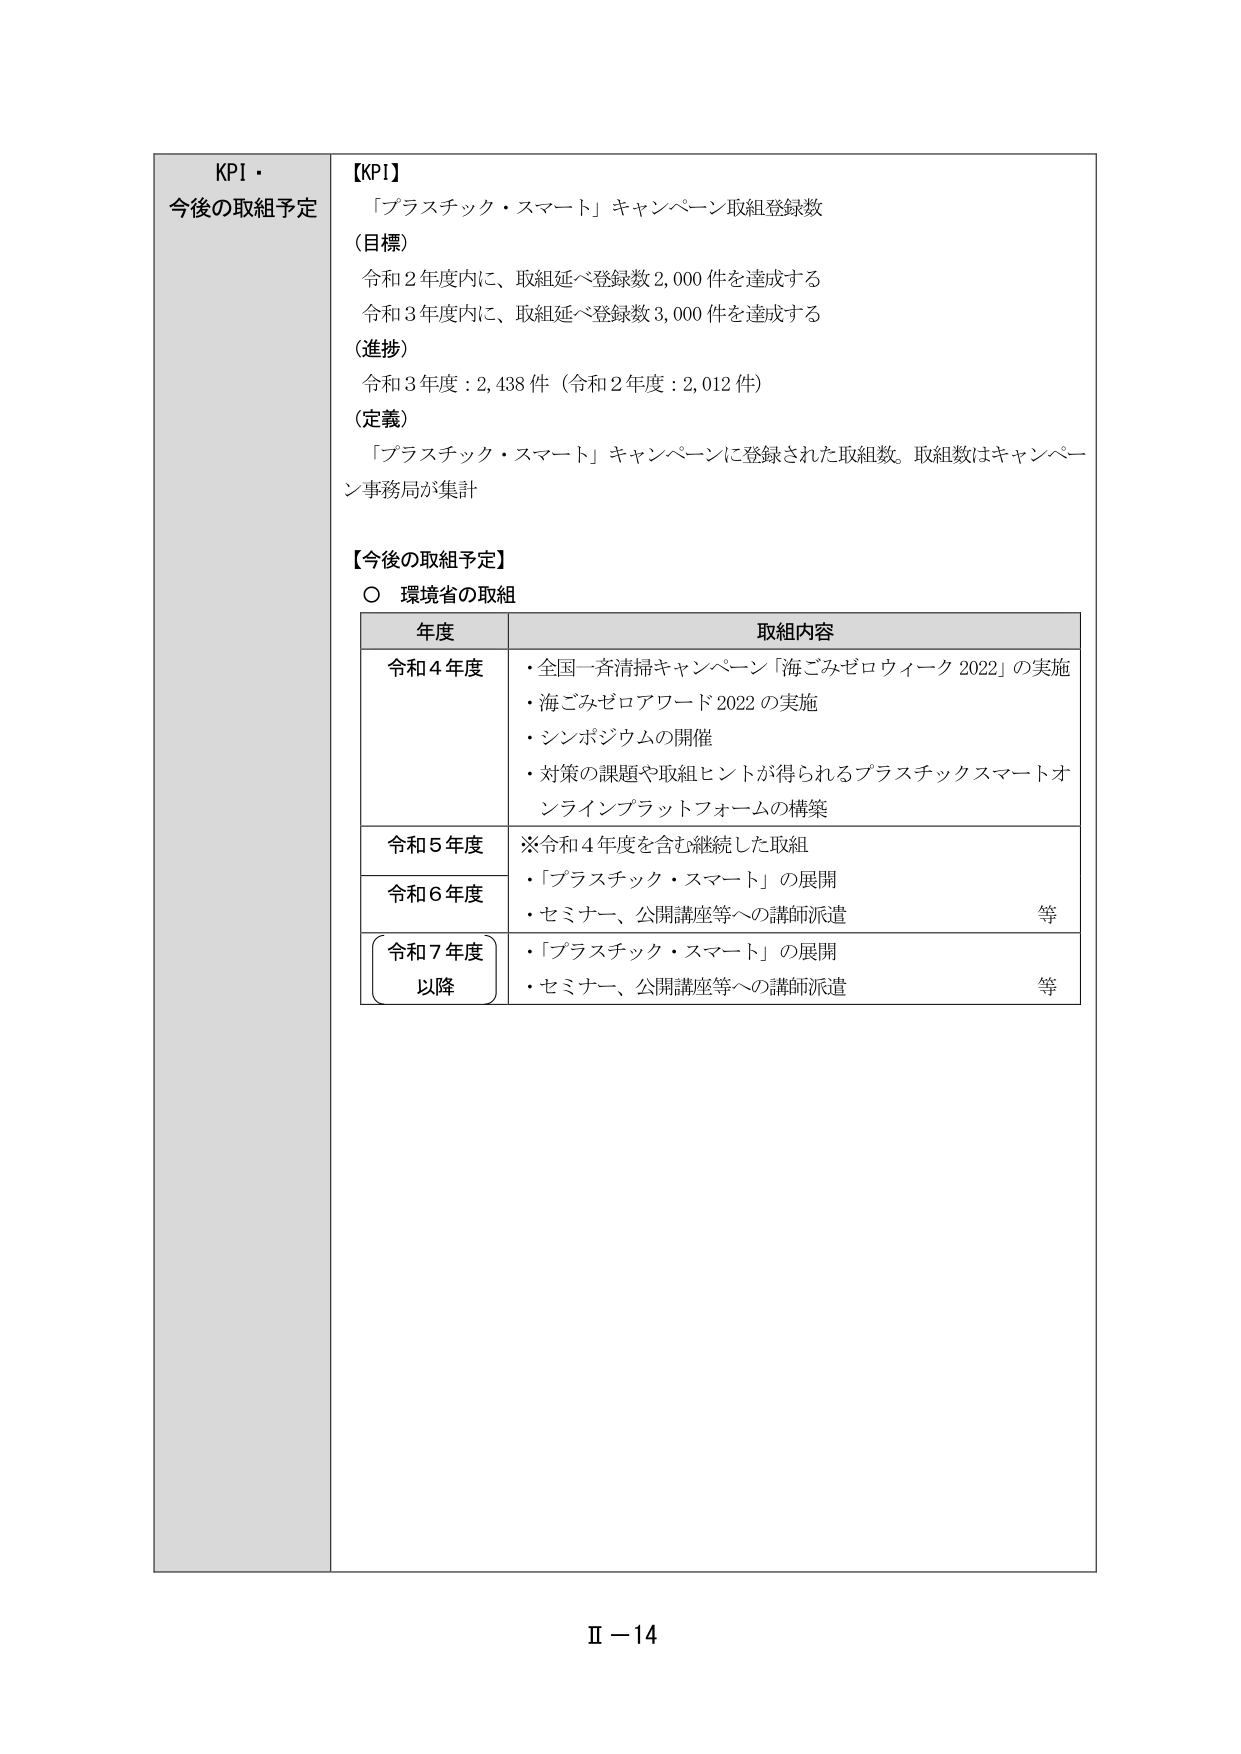
KPI・
今後の取組予定

【KPI】
「プラスチック・スマート」キャンペーン取組登録数
（目標）
令和2年度内に、取組延べ登録数2,000件を達成する
令和3年度内に、取組延べ登録数3,000件を達成する
（進捗）
令和3年度：2,438件（令和2年度：2,012件）
（定義）
「プラスチック・スマート」キャンペーンに登録された取組数。取組数はキャンペーン事務局が集計

【今後の取組予定】
○ 環境省の取組

年度 取組内容
令和4年度
・全国一斉清掃キャンペーン「海ごみゼロウィーク2022」の実施
・海ごみゼロアワード2022の実施
・シンポジウムの開催
・対策の課題や取組ヒントが得られるプラスチックスマートオンラインプラットフォームの構築

令和5年度 ※令和4年度を含む継続した取組
令和6年度
・「プラスチック・スマート」の展開
・セミナー、公開講座等への講師派遣 等

令和7年度
以降
・「プラスチック・スマート」の展開
・セミナー、公開講座等への講師派遣 等

Ⅱ－14